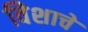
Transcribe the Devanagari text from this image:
विेशाचे